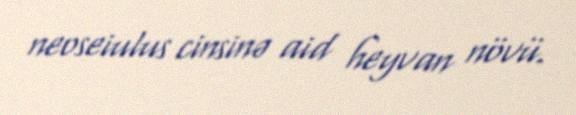
neoseiulus cinsinə aid heyvan növü.